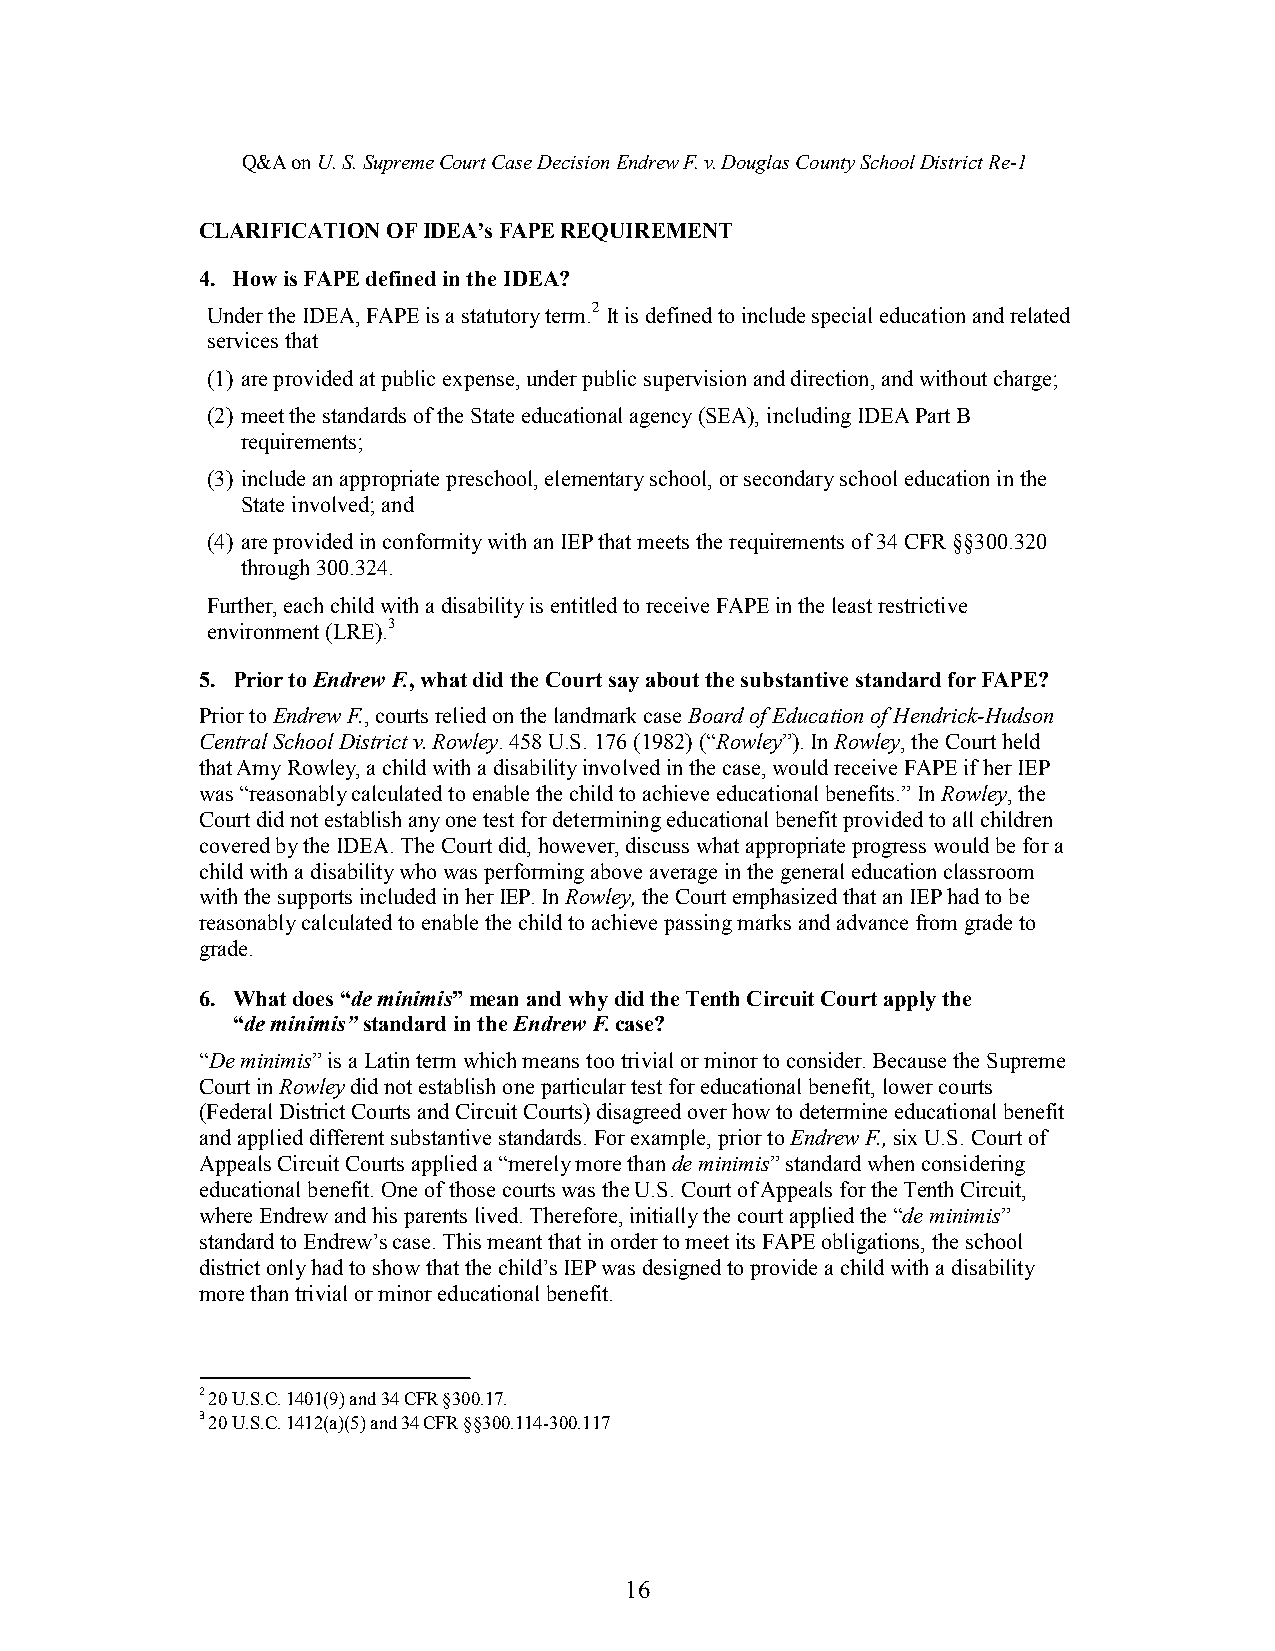
Q&AonU.S.SupremeCourtCaseDecisionEndrewF.v.DouglasCountySchoolDistrict Re-1
 CLARIFICATION OFIDEA’sFAPE REQUIREMENT
 4. How is FAPE defined in the IDEA?
 Under the IDEA,FAPE isa statutory term.2 Itis defined to include special education andrelated
 services that
 (1) are provided atpublic expense,under public supervision and direction,andwithout charge;
 (2) meet the standards of the State educational agency (SEA), including IDEA Part B
 requirements;
 (3) include anappropriate preschool,elementary school, or secondary school education in the
 State involved; and
 (4) are provided in conformity with an IEP that meets the requirements of 34 CFR §§300.320
 through 300.324.
 Further, eachchild with a disability is entitled to receive FAPE in the least restrictive
 environment (LRE).3
 5. Prior to Endrew F.,what did the Court say about thesubstantive standardfor FAPE?
 Prior toEndrewF.,courts relied on the landmarkcaseBoard of Education of Hendrick-Hudson
 Central School Districtv. Rowley.458 U.S. 176 (1982) (“Rowley”).InRowley, the Court held
 that Amy Rowley, a child with a disability involved in the case,would receive FAPE if her IEP
 was “reasonably calculated to enable the childtoachieve educational benefits.”InRowley, the
 Court did not establishany one test for determining educational benefit provided to all children
 covered by the IDEA. The Court did, however, discuss what appropriate progress would be for a
 child with a disability who was performing above average in the general education classroom
 with the supports included in her IEP. InRowley, the Court emphasized thatan IEP hadto be
 reasonably calculatedtoenable the child to achieve passing marks and advance from grade to
 grade.
 6. What does “de minimis”mean and why did the Tenth Circuit Court apply the
 “de minimis” standard intheEndrew F.case?
 “De minimis”is a Latin term which means too trivial or minor to consider. Because the Supreme
 Court in Rowley did not establish one particular test for educational benefit, lower courts
 (Federal District Courts and Circuit Courts) disagreed over how to determine educational benefit
 and applied different substantive standards. Forexample, prior toEndrewF.,six U.S. Court of
 Appeals Circuit Courts applied a “merely more than de minimis”standard whenconsidering
 educational benefit. One of those courts was the U.S. Court of Appeals for the Tenth Circuit,
 where Endrew andhis parents lived. Therefore,initially the court applied the “de minimis”
 standard toEndrew’s case. This meant that in order to meet its FAPE obligations, the school
 district only hadto show that the child’s IEP was designed to provide a childwith a disability
 more than trivialor minor educational benefit.
 2 20 U.S.C. 1401(9) and 34 CFR §300.17.
 3 20 U.S.C. 1412(a)(5) and 34 CFR §§300.114-300.117
 16